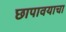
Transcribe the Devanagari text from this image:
छापावयाचा